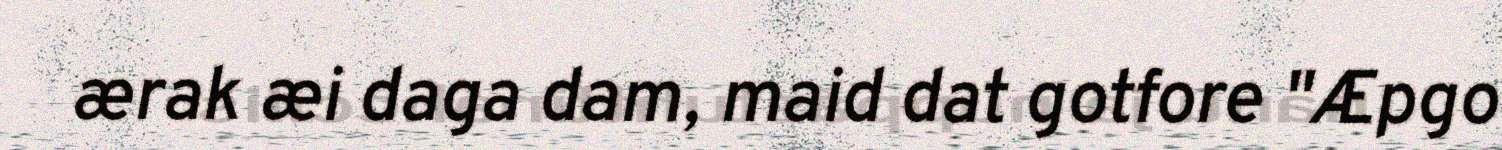
ærak æi daga dam, maid dat gotfore "Æpgo